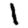
Digit: 1